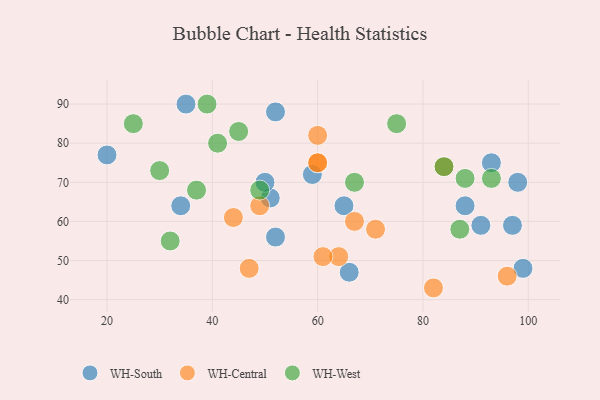
{"axis": {"x": "GDP", "y": "Life Expectancy"}, "legend": ["WH-Central", "WH-South", "WH-West"], "data": [{"x": "20", "y": 77, "type": "WH-South"}, {"x": "88", "y": 64, "type": "WH-South"}, {"x": "97", "y": 59, "type": "WH-South"}, {"x": "99", "y": 48, "type": "WH-South"}, {"x": "52", "y": 88, "type": "WH-South"}, {"x": "93", "y": 75, "type": "WH-South"}, {"x": "51", "y": 66, "type": "WH-South"}, {"x": "59", "y": 72, "type": "WH-South"}, {"x": "65", "y": 64, "type": "WH-South"}, {"x": "91", "y": 59, "type": "WH-South"}, {"x": "66", "y": 47, "type": "WH-South"}, {"x": "34", "y": 64, "type": "WH-South"}, {"x": "35", "y": 90, "type": "WH-South"}, {"x": "98", "y": 70, "type": "WH-South"}, {"x": "52", "y": 56, "type": "WH-South"}, {"x": "50", "y": 70, "type": "WH-South"}, {"x": "60", "y": 75, "type": "WH-Central"}, {"x": "67", "y": 60, "type": "WH-Central"}, {"x": "64", "y": 51, "type": "WH-Central"}, {"x": "61", "y": 51, "type": "WH-Central"}, {"x": "96", "y": 46, "type": "WH-Central"}, {"x": "44", "y": 61, "type": "WH-Central"}, {"x": "60", "y": 82, "type": "WH-Central"}, {"x": "84", "y": 74, "type": "WH-Central"}, {"x": "82", "y": 43, "type": "WH-Central"}, {"x": "71", "y": 58, "type": "WH-Central"}, {"x": "47", "y": 48, "type": "WH-Central"}, {"x": "49", "y": 64, "type": "WH-Central"}, {"x": "60", "y": 75, "type": "WH-Central"}, {"x": "41", "y": 80, "type": "WH-West"}, {"x": "37", "y": 68, "type": "WH-West"}, {"x": "32", "y": 55, "type": "WH-West"}, {"x": "39", "y": 90, "type": "WH-West"}, {"x": "75", "y": 85, "type": "WH-West"}, {"x": "45", "y": 83, "type": "WH-West"}, {"x": "30", "y": 73, "type": "WH-West"}, {"x": "88", "y": 71, "type": "WH-West"}, {"x": "49", "y": 68, "type": "WH-West"}, {"x": "93", "y": 71, "type": "WH-West"}, {"x": "67", "y": 70, "type": "WH-West"}, {"x": "25", "y": 85, "type": "WH-West"}, {"x": "84", "y": 74, "type": "WH-West"}, {"x": "87", "y": 58, "type": "WH-West"}]}